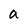
Character: a